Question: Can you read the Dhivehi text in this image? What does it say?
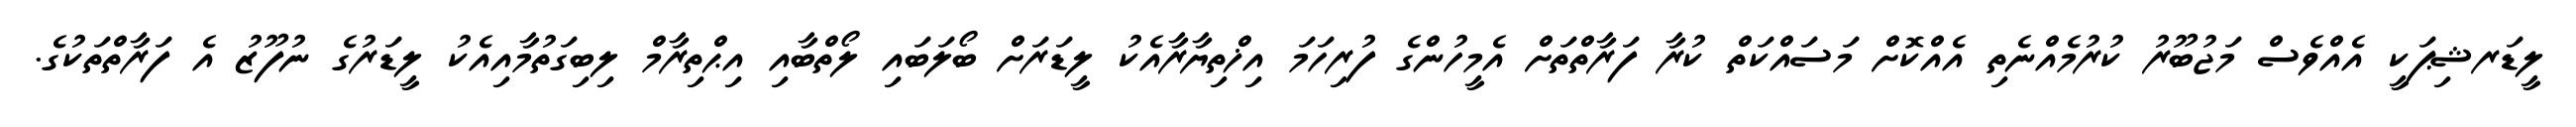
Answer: ލީޑަރޝިޕަކީ އެއްވެސް މަޖުބޫރު ކުރުމެއްނެތި އެއްކޮށް މަސައްކަތް ކުރާ ފަރާތްތަށް އެމީހުންގެ ފުރިހަމަ އިޚްތިޔާރާއެކު ލީޑަރަށް ބޯލަބައި ލޯތްބާއި އިޙްތިރާމް ލިބިގަތުމާއިއެކު ލީޑަރުގެ ނުފޫޒު އެ ފަރާތްތަކުގެ.